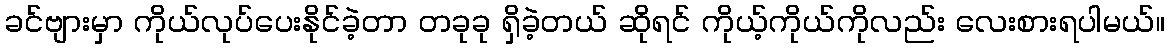
ခင်ဗျားမှာ ကိုယ်လုပ်ပေးနိုင်ခဲ့တာ တခုခု ရှိခဲ့တယ် ဆိုရင် ကိုယ့်ကိုယ်ကိုလည်း လေးစားရပါမယ်။